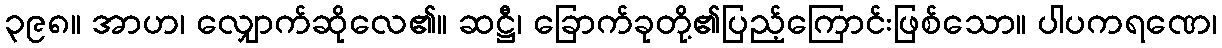
၃၉၈။ အာဟ၊ လျှောက်ဆိုလေ၏။ ဆဋ္ဌီ၊ ခြောက်ခုတို့၏ပြည့်ကြောင်းဖြစ်သော။ ပါပကရဏေ၊